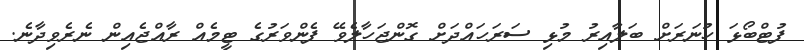
ފުޓްބޯޅަ ހުނަރަށް ބަލާއިރު މުޅި ސަރަހައްދަށް ގޮންޖަހާލެވޭ ފެންވަރުގެ ޓީމެއް ރާއްޖެއިން ނެރެވިދާނެ.